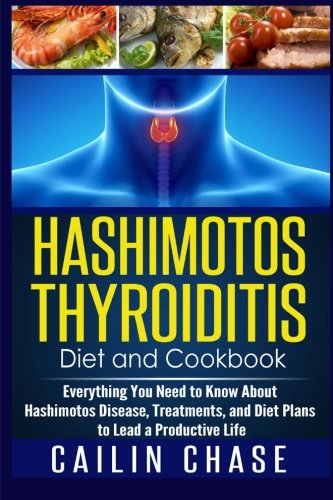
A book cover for Hashimotos Thyroiditis Diet and Cookbook: Everything You Need to Know About Hashimotos Disease, Treatments, and Diet Plans to Lead a Productive Life; Cailin Chase; Health, Fitness & Dieting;